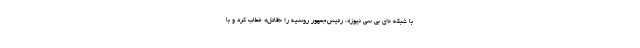
با شبکه «ای بی سی نیوز»، رئیس‌جمهور روسیه را «قاتل» خطاب کرد و با